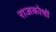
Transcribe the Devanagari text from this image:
राजकोषों